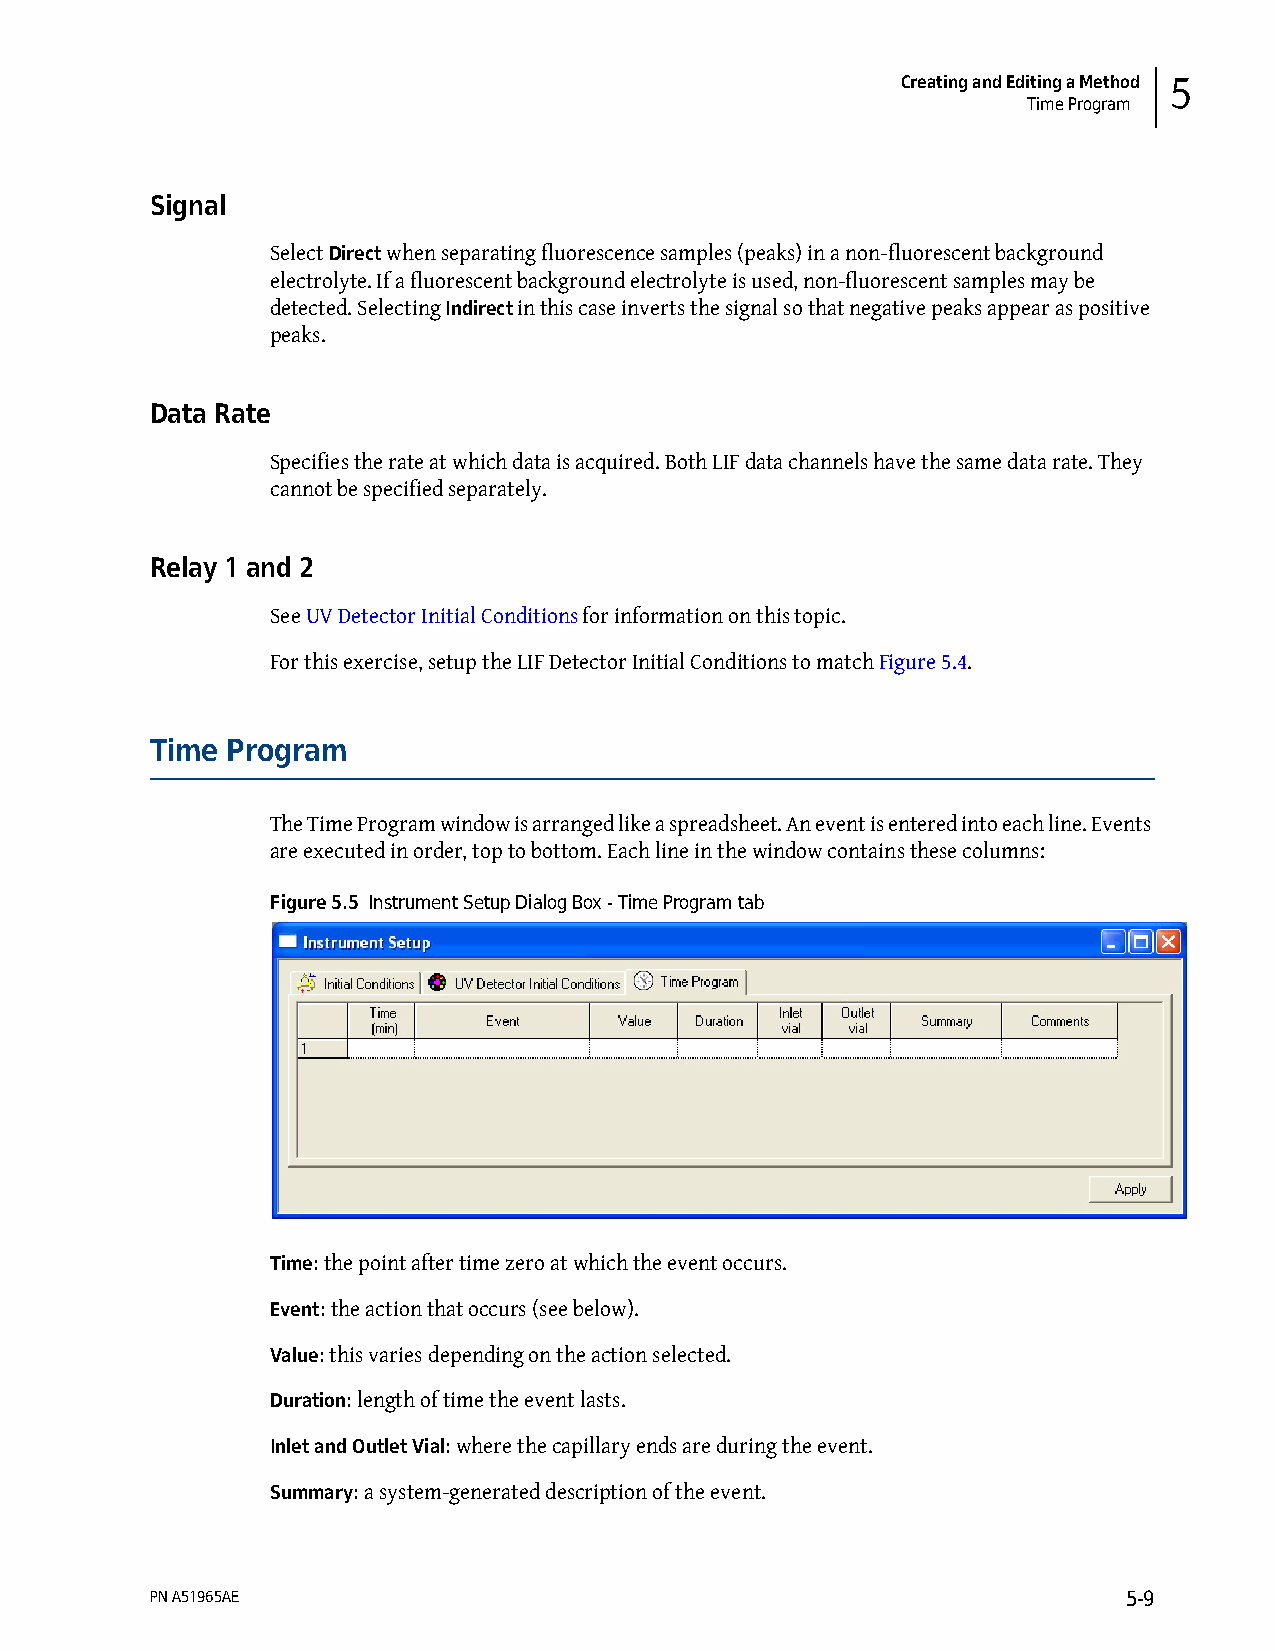
Creating and Editing a Method 5
 Time Program
 Signal
 Select Direct when separating fluorescence samples (peaks) in a non-fluorescent background
 electrolyte. If a fluorescent background electrolyte is used, non-fluorescent samples may be
 detected. Selecting Indirect in this case inverts the signal so that negative peaks appear as positive
 peaks.
 Data Rate
 Specifies the rate at which data is acquired. Both LIF data channels have the same data rate. They
 cannot be specified separately.
 Relay 1 and 2
 See UV Detector Initial Conditions for information on this topic.
 For this exercise, setup the LIF Detector Initial Conditions to match Figure 5.4.
 Time Program
 The Time Program window is arranged like a spreadsheet. An event is entered into each line. Events
 are executed in order, top to bottom. Each line in the window contains these columns:
 Figure 5.5 Instrument Setup Dialog Box - Time Program tab
 Time: the point after time zero at which the event occurs.
 Event: the action that occurs (see below).
 Value: this varies depending on the action selected.
 Duration: length of time the event lasts.
 Inlet and Outlet Vial: where the capillary ends are during the event.
 Summary: a system-generated description of the event.
 PN A51965AE                                                      5-9